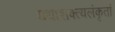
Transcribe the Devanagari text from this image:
यथाशक्त्यलंकृतां